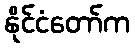
နိုင်ငံတော်က